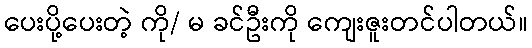
ပေးပို့ပေးတဲ့ ကို/ မ ခင်ဦးကို ကျေးဇူးတင်ပါတယ်။